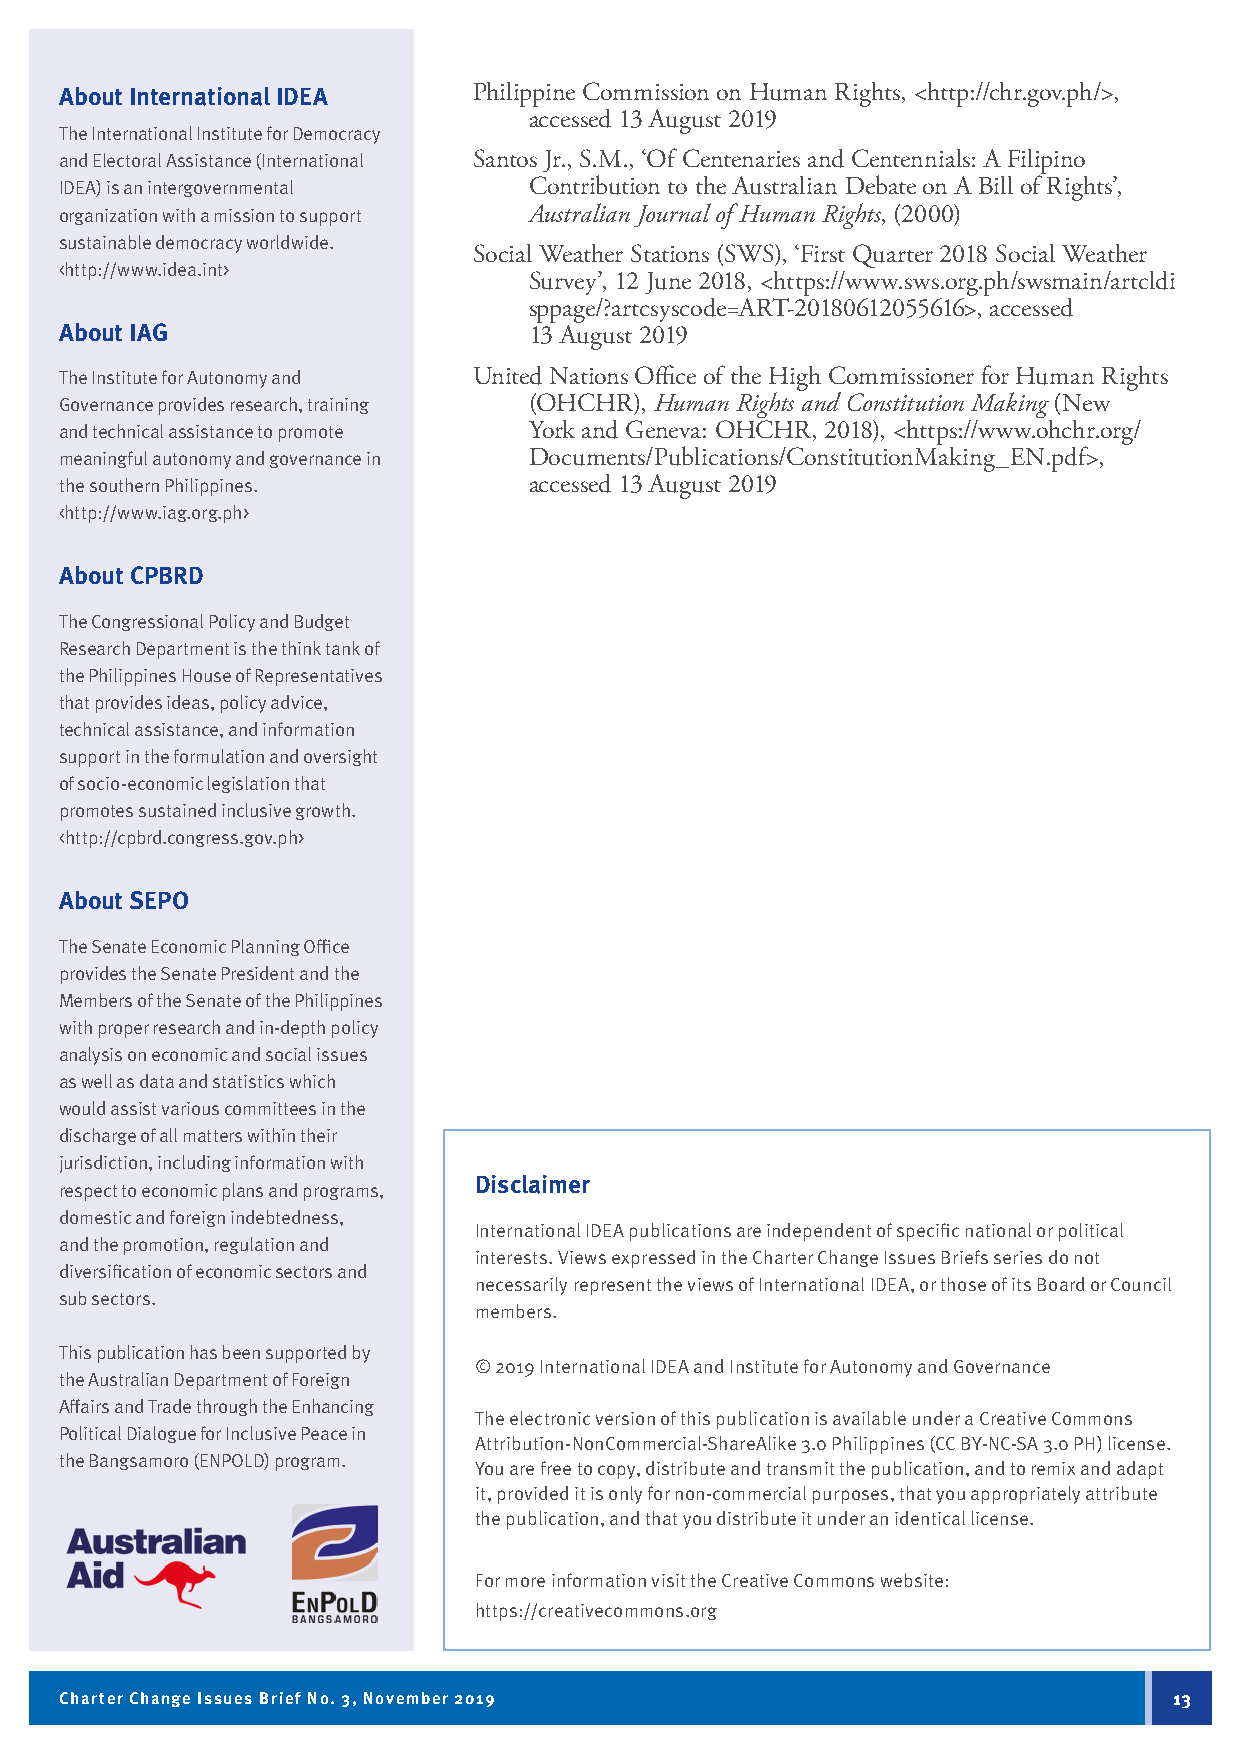
About International IDEA   Philippine Commission on Human Rights, <http://chr.gov.ph/>,
 accessed 13 August 2019
 The International Institute for Democracy
 and Electoral Assistance (International Santos Jr., S.M., ‘Of Centenaries and Centennials: A Filipino
 IDEA) is an intergovernmental  Contribution to the Australian Debate on A Bill of Rights’,
 organization with a mission to support Australian Journal of Human Rights, (2000)
 sustainable democracy worldwide.
 Social Weather Stations (SWS), ‘First Quarter 2018 Social Weather
 <http://www.idea.int>
 Survey’, 12 June 2018, <https://www.sws.org.ph/swsmain/artcldi
 sppage/?artcsyscode=ART-20180612055616>, accessed
 About IAG                      13 August 2019
 The Institute for Autonomy and United Nations Office of the High Commissioner for Human Rights
 Governance provides research, training (OHCHR), Human Rights and Constitution Making (New
 and technical assistance to promote York and Geneva: OHCHR, 2018), <https://www.ohchr.org/
 meaningful autonomy and governance in Documents/Publications/ConstitutionMaking_EN.pdf>,
 the southern Philippines.      accessed 13 August 2019
 <http://www.iag.org.ph>
 About CPBRD
 The Congressional Policy and Budget
 Research Department is the think tank of
 the Philippines House of Representatives
 that provides ideas, policy advice,
 technical assistance, and information
 support in the formulation and oversight
 of socio-economic legislation that
 promotes sustained inclusive growth.
 <http://cpbrd.congress.gov.ph>
 About SEPO
 The Senate Economic Planning Office
 provides the Senate President and the
 Members of the Senate of the Philippines
 with proper research and in-depth policy
 analysis on economic and social issues
 as well as data and statistics which
 would assist various committees in the
 discharge of all matters within their
 jurisdiction, including information with
 Disclaimer
 respect to economic plans and programs,
 domestic and foreign indebtedness,
 International IDEA publications are independent of specific national or political
 and the promotion, regulation and
 interests. Views expressed in the Charter Change Issues Briefs series do not
 diversification of economic sectors and
 necessarily represent the views of International IDEA, or those of its Board or Council
 sub sectors.
 members.
 This publication has been supported by
 © 2019 International IDEA and Institute for Autonomy and Governance
 the Australian Department of Foreign
 Affairs and Trade through the Enhancing
 The electronic version of this publication is available under a Creative Commons
 Political Dialogue for Inclusive Peace in
 Attribution-NonCommercial-ShareAlike 3.0 Philippines (CC BY-NC-SA 3.0 PH) license.
 the Bangsamoro (ENPOLD) program.
 You are free to copy, distribute and transmit the publication, and to remix and adapt
 it, provided it is only for non-commercial purposes, that you appropriately attribute
 the publication, and that you distribute it under an identical license.
 For more information visit the Creative Commons website:
 https://creativecommons.org
 Charter Change Issues Brief No. 3, November 2019                          13